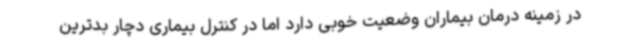
در زمینه درمان بیماران وضعیت خوبی دارد اما در کنترل بیماری دچار بدترین